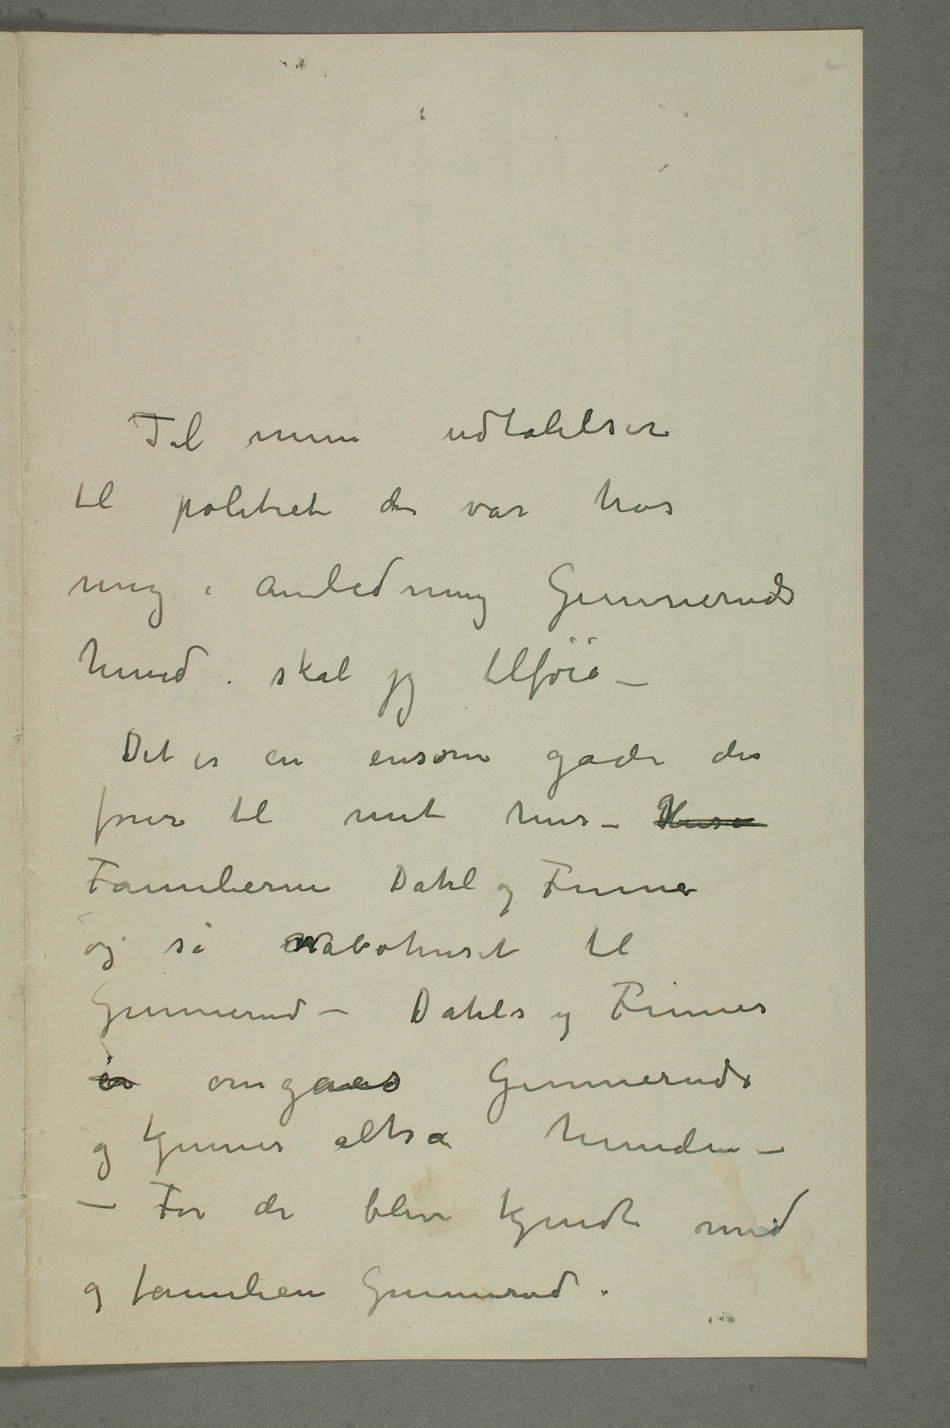
Til mine udtalelser
til politiet der var hos
mig i anledning Gunneruds
hund skal jeg tilføie –
Det er en ensom gade der
fører til mit hus – Huse
Familierne Dahl og Finne
og så nabohuset til
Gunnerud – Dahls og Finnes
er omgåes Gunneruds
og kjenner altså hunden –
– Før de blev kjendt med
og familien Gunnerud.